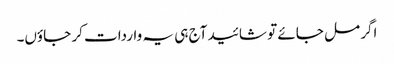
اگر مل جائے تو شائید آج ہی یہ واردات کر جاؤں۔